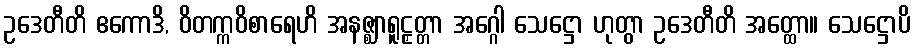
ဥဒေတီတိ ဧကောဒိ, ဝိတက္ကဝိစာရေဟိ အနဇ္ဈာရူဠှတ္တာ အဂ္ဂေါ သေဋ္ဌော ဟုတွာ ဥဒေတီတိ အတ္ထော။ သေဋ္ဌောပိ